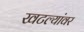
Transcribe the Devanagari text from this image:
खटल्यांवर